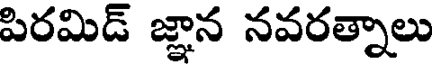
పిరమిడ్ జ్ఞాన నవరత్నాలు